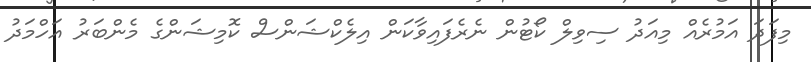
މިފަދަ އަމުރެއް މިއަދު ސިވިލް ކޯޓުން ނެރެފައިވާކަން އިލެކްޝަންސް ކޮމިޝަންގެ މެންބަރު އަހްމަދު